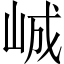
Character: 峸